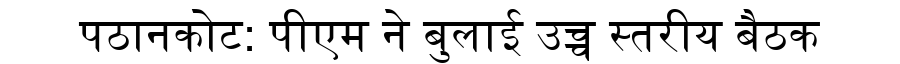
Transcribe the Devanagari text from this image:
पठानकोट: पीएम ने बुलाई उच्च स्तरीय बैठक